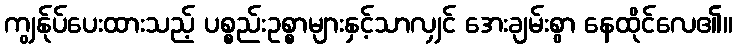
ကျွန်ုပ်ပေးထားသည့် ပစ္စည်းဥစ္စာများနှင့်သာလျှင် အေးချမ်းစွာ နေထိုင်လေ၏။